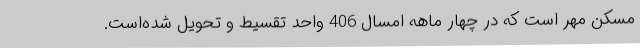
مسکن مهر است که در چهار ماهه امسال 406 واحد تقسیط و تحویل شده‌است.